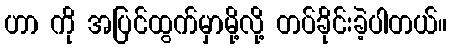
ဟာ ကို အပြင်ထွက်မှာမို့လို့ တပ်ခိုင်းခဲ့ပါတယ်။